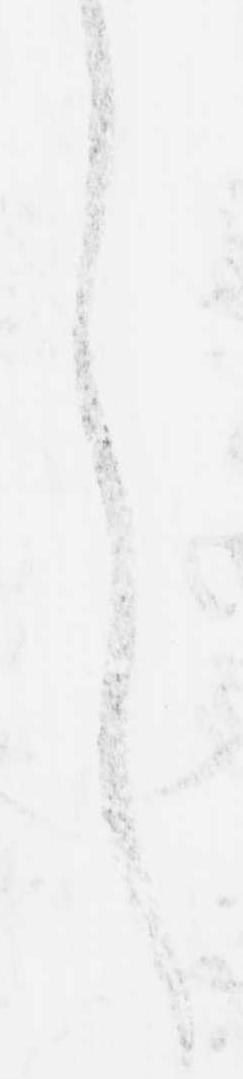
言